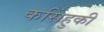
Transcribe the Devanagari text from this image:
कसिंहुकी